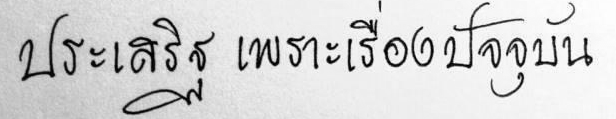
ประเสริฐ เพราะเรื่องปัจจุบัน